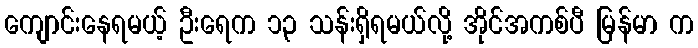
ကျောင်းနေရမယ့် ဦးရေက ၁၃ သန်းရှိရမယ်လို့ အိုင်အကစ်ပီ မြန်မာ က